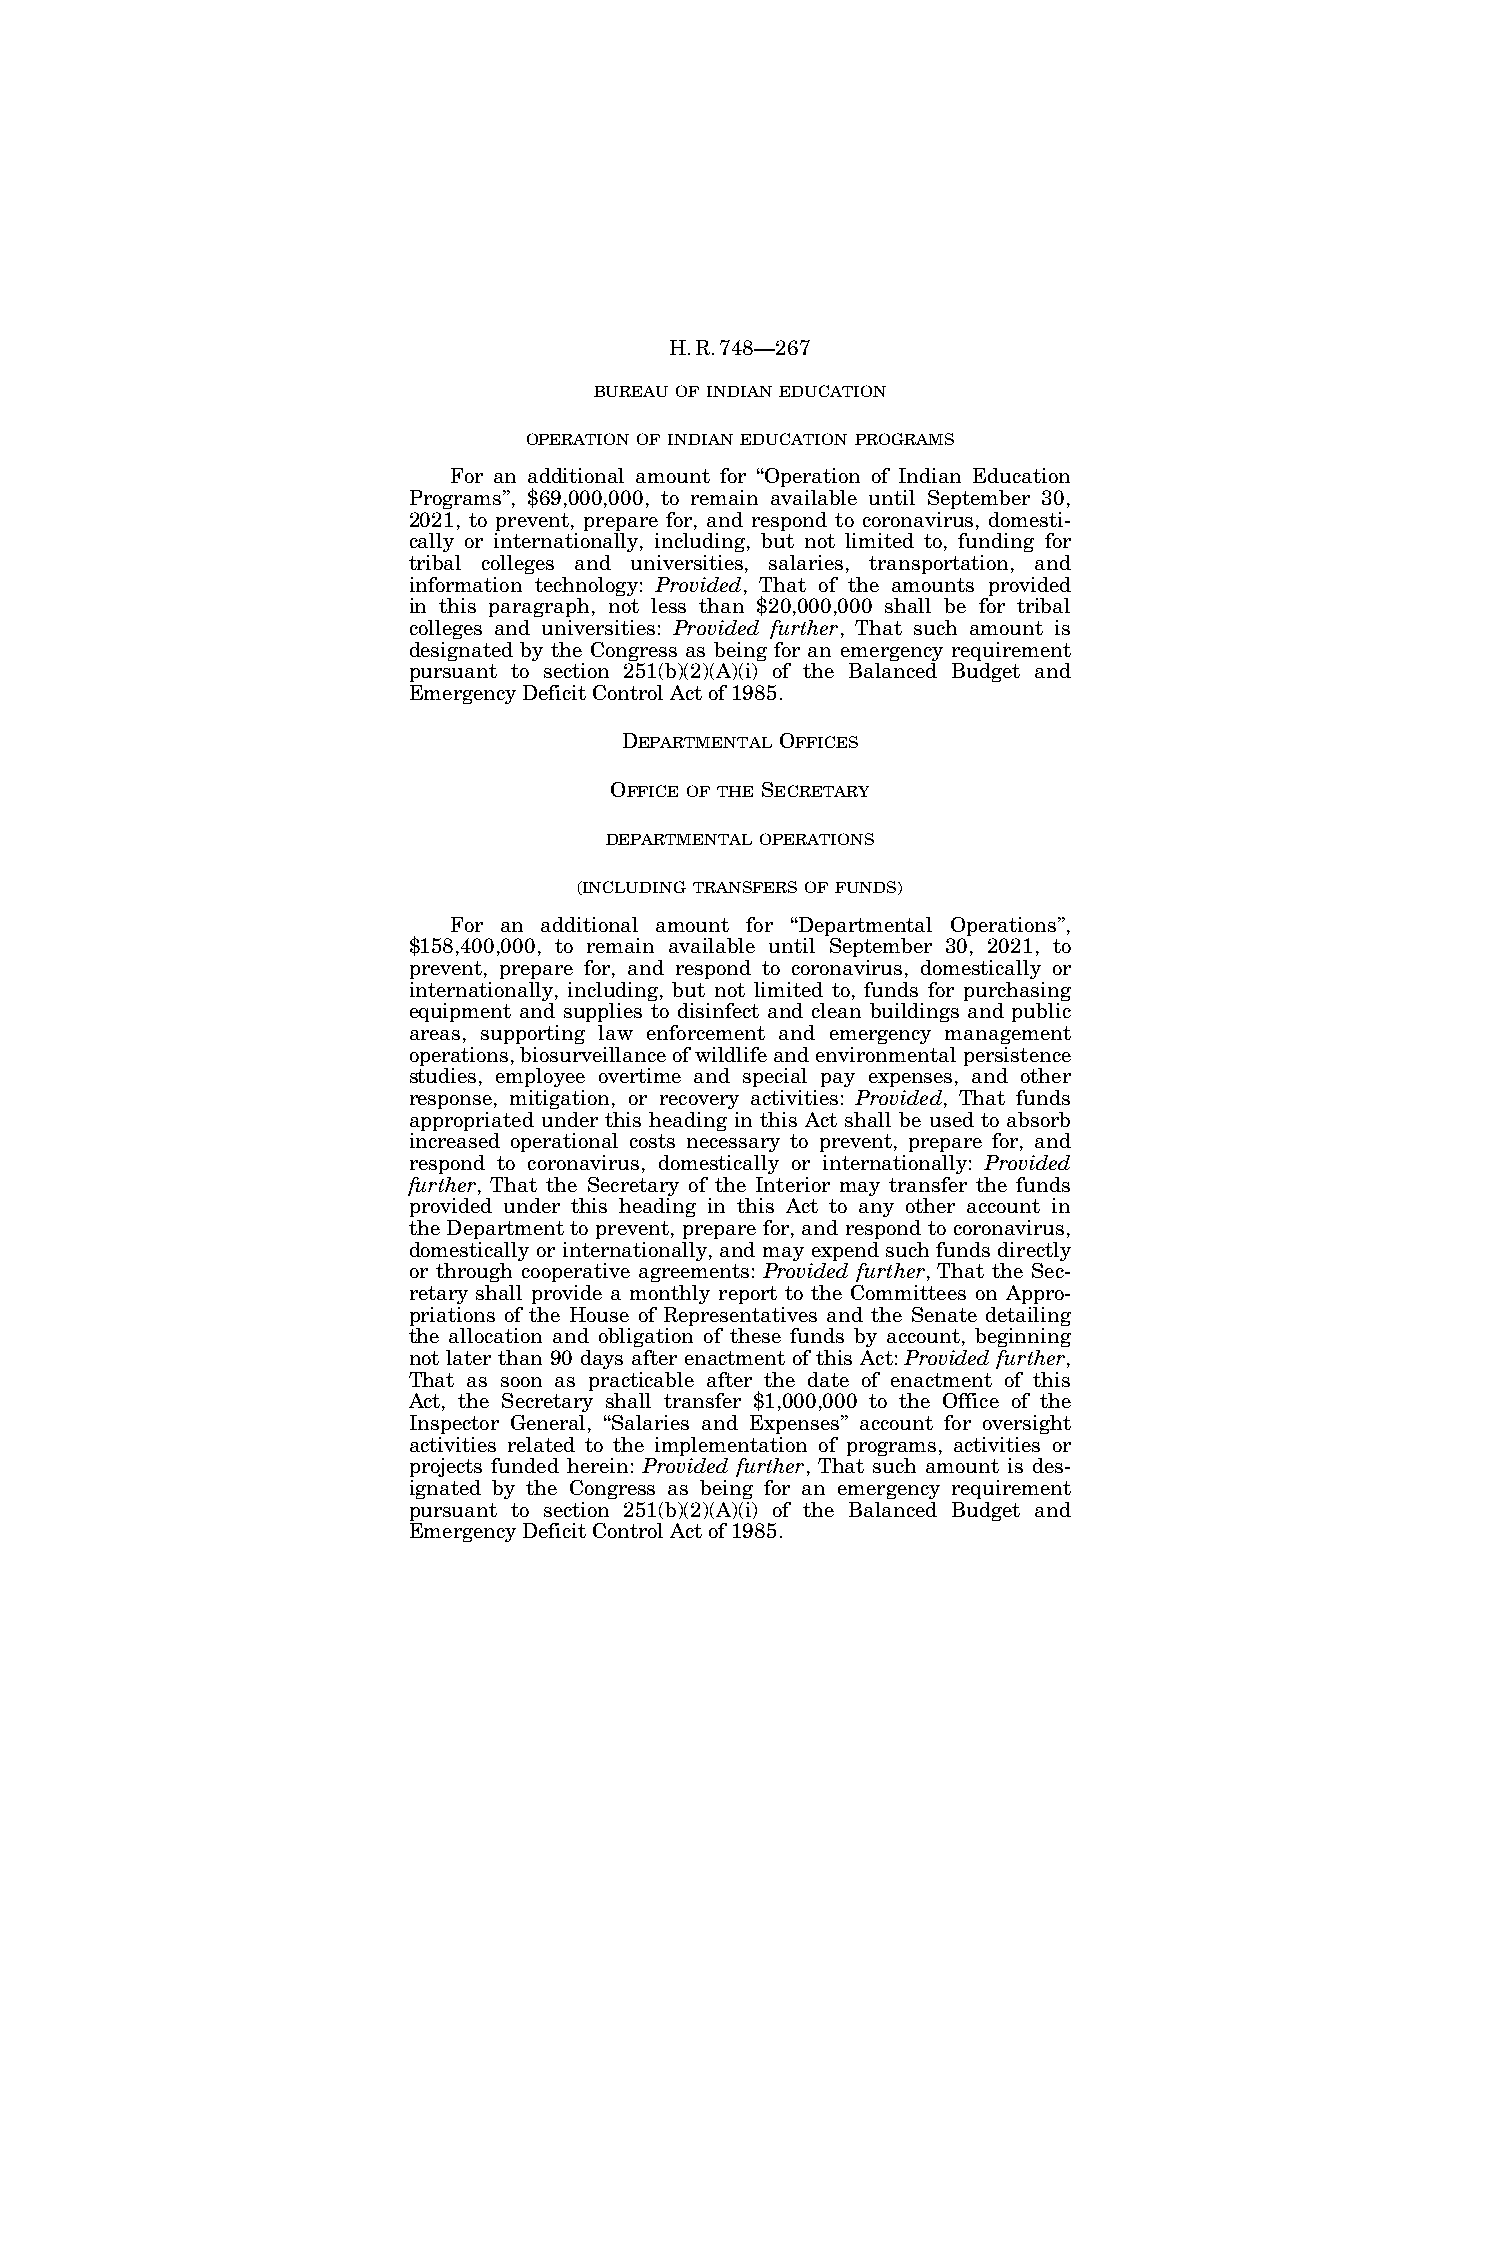
H.R.748—267
 BUREAU OF INDIAN EDUCATION
 OPERATION OF INDIAN EDUCATION PROGRAMS
 For an additional amount for ‘‘Operation of Indian Education
 Programs’’, $69,000,000, to remain available until September 30,
 2021, to prevent, prepare for, and respond to coronavirus, domesti-
 cally or internationally, including, but not limited to, funding for
 tribal colleges and universities, salaries, transportation, and
 information technology: Provided, That of the amounts provided
 in this paragraph, not less than $20,000,000 shall be for tribal
 colleges and universities: Provided further, That such amount is
 designated by the Congress as being for an emergency requirement
 pursuant to section 251(b)(2)(A)(i) of the Balanced Budget and
 Emergency Deficit Control Act of 1985.
 DEPARTMENTAL OFFICES
 OFFICE OF THE SECRETARY
 DEPARTMENTAL OPERATIONS
 (INCLUDING TRANSFERS OF FUNDS)
 For an additional amount for ‘‘Departmental Operations’’,
 $158,400,000, to remain available until September 30, 2021, to
 prevent, prepare for, and respond to coronavirus, domestically or
 internationally, including, but not limited to, funds for purchasing
 equipment and supplies to disinfect and clean buildings and public
 areas, supporting law enforcement and emergency management
 operations, biosurveillance of wildlife and environmental persistence
 studies, employee overtime and special pay expenses, and other
 response, mitigation, or recovery activities: Provided, That funds
 appropriated under this heading in this Act shall be used to absorb
 increased operational costs necessary to prevent, prepare for, and
 respond to coronavirus, domestically or internationally: Provided
 further, That the Secretary of the Interior may transfer the funds
 provided under this heading in this Act to any other account in
 the Department to prevent, prepare for, and respond to coronavirus,
 domestically or internationally, and may expend such funds directly
 or through cooperative agreements: Provided further, That the Sec-
 retary shall provide a monthly report to the Committees on Appro-
 priations of the House of Representatives and the Senate detailing
 the allocation and obligation of these funds by account, beginning
 not later than 90 days after enactment of this Act: Provided further,
 That as soon as practicable after the date of enactment of this
 Act, the Secretary shall transfer $1,000,000 to the Office of the
 Inspector General, ‘‘Salaries and Expenses’’ account for oversight
 activities related to the implementation of programs, activities or
 projects funded herein: Provided further, That such amount is des-
 ignated by the Congress as being for an emergency requirement
 pursuant to section 251(b)(2)(A)(i) of the Balanced Budget and
 Emergency Deficit Control Act of 1985.